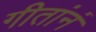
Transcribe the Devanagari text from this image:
गीतांनं